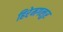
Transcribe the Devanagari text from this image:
हिरेमगलुर